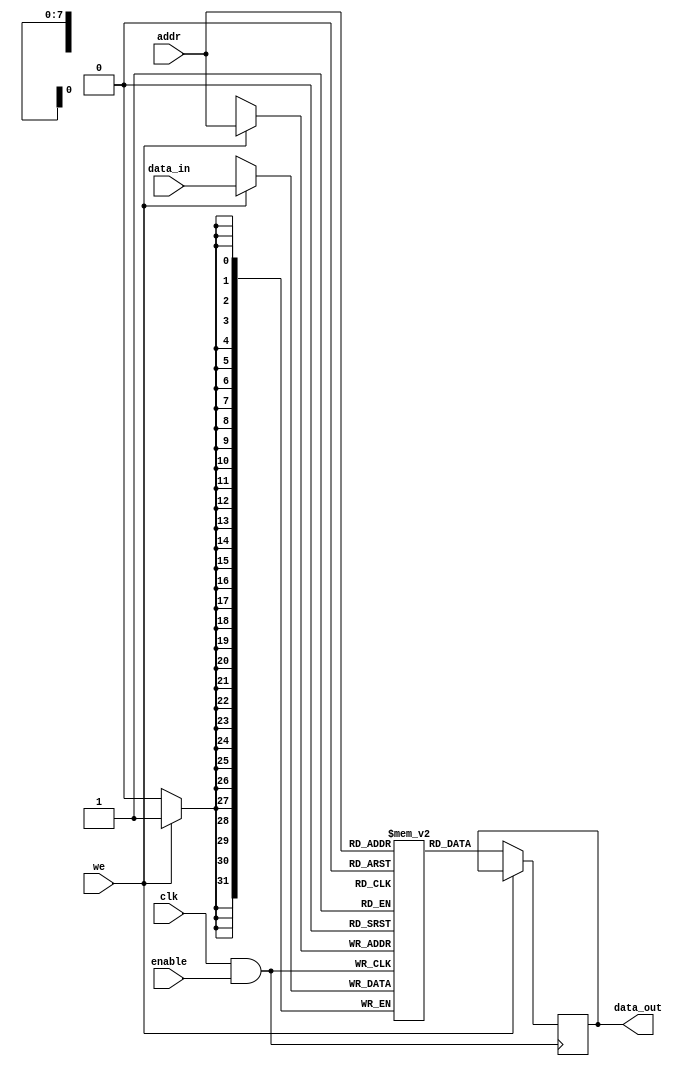
module memory_block (
    input wire clk,          // Main clock signal
    input wire enable,       // Enable signal for clock gating
    input wire [7:0] addr,   // Address input for memory access
    input wire [31:0] data_in,// Data input for write operations
    input wire we,           // Write enable signal
    output reg [31:0] data_out // Data output for read operations
);

// Memory storage (for example, a simple SRAM)
reg [31:0] memory [0:255]; // 256 x 32-bit memory

// Clock Gating Logic
wire gated_clk;
assign gated_clk = clk & enable; // Clock gating logic: AND gate

// Memory operations
always @(posedge gated_clk) begin
    if (we) begin
        // Write operation
        memory[addr] <= data_in;
    end
    else begin
        // Read operation
        data_out <= memory[addr];
    end
end

endmodule